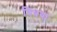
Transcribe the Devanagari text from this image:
विधया